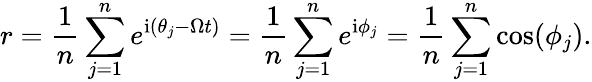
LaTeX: r=\frac{1}{n}\sum_{j=1}^{n}e^{\mathrm{i}(\theta_{j}-\Omega t)}=\frac{1}{n}\sum_{j=1}^{n}e^{\mathrm{i}\phi_{j}}=\frac{1}{n}\sum_{j=1}^{n}\cos(\phi_{j}).